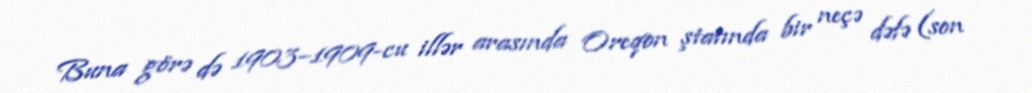
Buna görə də 1903–1909-cu illər arasında Oreqon ştatında bir neçə dəfə (son